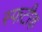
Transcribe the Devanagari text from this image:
स्फटीक